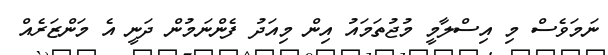
ނަމަވެސް މި އިސްލާމީ މުޖުތަމައު އިން މިއަދު ފެންނަމުން ދަނީ އެ މަންޒަރެއް